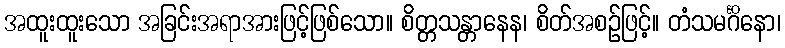
အထူးထူးသော အခြင်းအရာအားဖြင့်ဖြစ်သော။ စိတ္တသန္တာနေန၊ စိတ်အစဉ်ဖြင့်။ တံသမင်္ဂိနော၊